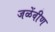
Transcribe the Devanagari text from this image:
जळेंवीण